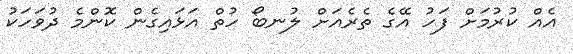
އެއް ކުރުމަށް ފަހު އޭގެ ތެރެއަށް ލުނބޯ ހުތް އަޅައިގެން ކޮންމެ ދުވަހަކު